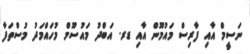
ނަސީމް އާއި ފާރިސް މައުމޫން އާއި ޑރ. އަބްދު މައުސޫމް މުހައްމަދު މުސްތަފާ